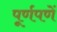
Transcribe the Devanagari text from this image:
पूर्णपणें